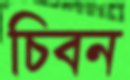
চিবন